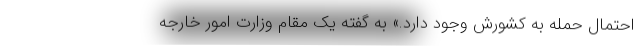
احتمال حمله به کشورش وجود دارد.» به گفته یک مقام وزارت امور خارجه